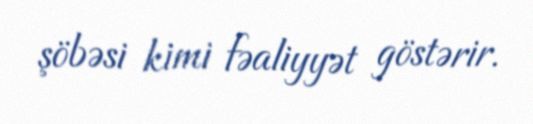
şöbəsi kimi fəaliyyət göstərir.